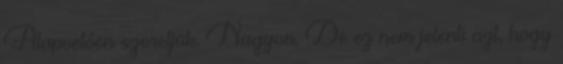
Alapvetően szeretjük. Nagyon. De ez nem jelenti azt, hogy